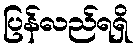
ပြန်လည်ရရှိ